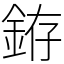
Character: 銌